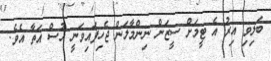
ބަލިވި އިރު އެ ޓީމަށް ސީޒަން ނިންމާލަން ޖެހިފައިވަނީ ހުސް އަތާ އެވެ.